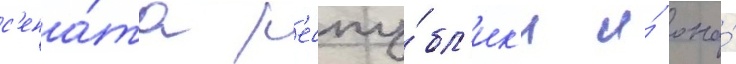
с'ена́та р'еспу́бл'ик'и и́ она́